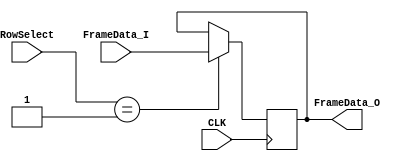
// SPDX-FileCopyrightText: 
// 2021 Nguyen Dao
//
// Licensed under the Apache License, Version 2.0 (the "License");
// you may not use this file except in compliance with the License.
// You may obtain a copy of the License at
//
//      http://www.apache.org/licenses/LICENSE-2.0
//
// Unless required by applicable law or agreed to in writing, software
// distributed under the License is distributed on an "AS IS" BASIS,
// WITHOUT WARRANTIES OR CONDITIONS OF ANY KIND, either express or implied.
// See the License for the specific language governing permissions and
// limitations under the License.
//
// SPDX-License-Identifier: Apache-2.0
module Frame_Data_Reg_0 (FrameData_I, FrameData_O, RowSelect, CLK);
	parameter FrameBitsPerRow = 32;
	parameter RowSelectWidth = 5;
	parameter Row = 1;
	input [FrameBitsPerRow-1:0] FrameData_I;
	output reg [FrameBitsPerRow-1:0] FrameData_O;
	input [RowSelectWidth-1:0] RowSelect;
	input CLK;
	
	always @ (posedge CLK) begin
		if (RowSelect==Row)
			FrameData_O <= FrameData_I;
	end//CLK
endmodule

module Frame_Data_Reg_1 (FrameData_I, FrameData_O, RowSelect, CLK);
	parameter FrameBitsPerRow = 32;
	parameter RowSelectWidth = 5;
	parameter Row = 2;
	input [FrameBitsPerRow-1:0] FrameData_I;
	output reg [FrameBitsPerRow-1:0] FrameData_O;
	input [RowSelectWidth-1:0] RowSelect;
	input CLK;
	
	always @ (posedge CLK) begin
		if (RowSelect==Row)
			FrameData_O <= FrameData_I;
	end//CLK
endmodule

module Frame_Data_Reg_2 (FrameData_I, FrameData_O, RowSelect, CLK);
	parameter FrameBitsPerRow = 32;
	parameter RowSelectWidth = 5;
	parameter Row = 3;
	input [FrameBitsPerRow-1:0] FrameData_I;
	output reg [FrameBitsPerRow-1:0] FrameData_O;
	input [RowSelectWidth-1:0] RowSelect;
	input CLK;
	
	always @ (posedge CLK) begin
		if (RowSelect==Row)
			FrameData_O <= FrameData_I;
	end//CLK
endmodule

module Frame_Data_Reg_3 (FrameData_I, FrameData_O, RowSelect, CLK);
	parameter FrameBitsPerRow = 32;
	parameter RowSelectWidth = 5;
	parameter Row = 4;
	input [FrameBitsPerRow-1:0] FrameData_I;
	output reg [FrameBitsPerRow-1:0] FrameData_O;
	input [RowSelectWidth-1:0] RowSelect;
	input CLK;
	
	always @ (posedge CLK) begin
		if (RowSelect==Row)
			FrameData_O <= FrameData_I;
	end//CLK
endmodule

module Frame_Data_Reg_4 (FrameData_I, FrameData_O, RowSelect, CLK);
	parameter FrameBitsPerRow = 32;
	parameter RowSelectWidth = 5;
	parameter Row = 5;
	input [FrameBitsPerRow-1:0] FrameData_I;
	output reg [FrameBitsPerRow-1:0] FrameData_O;
	input [RowSelectWidth-1:0] RowSelect;
	input CLK;
	
	always @ (posedge CLK) begin
		if (RowSelect==Row)
			FrameData_O <= FrameData_I;
	end//CLK
endmodule

module Frame_Data_Reg_5 (FrameData_I, FrameData_O, RowSelect, CLK);
	parameter FrameBitsPerRow = 32;
	parameter RowSelectWidth = 5;
	parameter Row = 6;
	input [FrameBitsPerRow-1:0] FrameData_I;
	output reg [FrameBitsPerRow-1:0] FrameData_O;
	input [RowSelectWidth-1:0] RowSelect;
	input CLK;
	
	always @ (posedge CLK) begin
		if (RowSelect==Row)
			FrameData_O <= FrameData_I;
	end//CLK
endmodule

module Frame_Data_Reg_6 (FrameData_I, FrameData_O, RowSelect, CLK);
	parameter FrameBitsPerRow = 32;
	parameter RowSelectWidth = 5;
	parameter Row = 7;
	input [FrameBitsPerRow-1:0] FrameData_I;
	output reg [FrameBitsPerRow-1:0] FrameData_O;
	input [RowSelectWidth-1:0] RowSelect;
	input CLK;
	
	always @ (posedge CLK) begin
		if (RowSelect==Row)
			FrameData_O <= FrameData_I;
	end//CLK
endmodule

module Frame_Data_Reg_7 (FrameData_I, FrameData_O, RowSelect, CLK);
	parameter FrameBitsPerRow = 32;
	parameter RowSelectWidth = 5;
	parameter Row = 8;
	input [FrameBitsPerRow-1:0] FrameData_I;
	output reg [FrameBitsPerRow-1:0] FrameData_O;
	input [RowSelectWidth-1:0] RowSelect;
	input CLK;
	
	always @ (posedge CLK) begin
		if (RowSelect==Row)
			FrameData_O <= FrameData_I;
	end//CLK
endmodule

module Frame_Data_Reg_8 (FrameData_I, FrameData_O, RowSelect, CLK);
	parameter FrameBitsPerRow = 32;
	parameter RowSelectWidth = 5;
	parameter Row = 9;
	input [FrameBitsPerRow-1:0] FrameData_I;
	output reg [FrameBitsPerRow-1:0] FrameData_O;
	input [RowSelectWidth-1:0] RowSelect;
	input CLK;
	
	always @ (posedge CLK) begin
		if (RowSelect==Row)
			FrameData_O <= FrameData_I;
	end//CLK
endmodule

module Frame_Data_Reg_9 (FrameData_I, FrameData_O, RowSelect, CLK);
	parameter FrameBitsPerRow = 32;
	parameter RowSelectWidth = 5;
	parameter Row = 10;
	input [FrameBitsPerRow-1:0] FrameData_I;
	output reg [FrameBitsPerRow-1:0] FrameData_O;
	input [RowSelectWidth-1:0] RowSelect;
	input CLK;
	
	always @ (posedge CLK) begin
		if (RowSelect==Row)
			FrameData_O <= FrameData_I;
	end//CLK
endmodule

module Frame_Data_Reg_10 (FrameData_I, FrameData_O, RowSelect, CLK);
	parameter FrameBitsPerRow = 32;
	parameter RowSelectWidth = 5;
	parameter Row = 11;
	input [FrameBitsPerRow-1:0] FrameData_I;
	output reg [FrameBitsPerRow-1:0] FrameData_O;
	input [RowSelectWidth-1:0] RowSelect;
	input CLK;
	
	always @ (posedge CLK) begin
		if (RowSelect==Row)
			FrameData_O <= FrameData_I;
	end//CLK
endmodule

module Frame_Data_Reg_11 (FrameData_I, FrameData_O, RowSelect, CLK);
	parameter FrameBitsPerRow = 32;
	parameter RowSelectWidth = 5;
	parameter Row = 12;
	input [FrameBitsPerRow-1:0] FrameData_I;
	output reg [FrameBitsPerRow-1:0] FrameData_O;
	input [RowSelectWidth-1:0] RowSelect;
	input CLK;
	
	always @ (posedge CLK) begin
		if (RowSelect==Row)
			FrameData_O <= FrameData_I;
	end//CLK
endmodule

module Frame_Data_Reg_12 (FrameData_I, FrameData_O, RowSelect, CLK);
	parameter FrameBitsPerRow = 32;
	parameter RowSelectWidth = 5;
	parameter Row = 13;
	input [FrameBitsPerRow-1:0] FrameData_I;
	output reg [FrameBitsPerRow-1:0] FrameData_O;
	input [RowSelectWidth-1:0] RowSelect;
	input CLK;
	
	always @ (posedge CLK) begin
		if (RowSelect==Row)
			FrameData_O <= FrameData_I;
	end//CLK
endmodule

module Frame_Data_Reg_13 (FrameData_I, FrameData_O, RowSelect, CLK);
	parameter FrameBitsPerRow = 32;
	parameter RowSelectWidth = 5;
	parameter Row = 14;
	input [FrameBitsPerRow-1:0] FrameData_I;
	output reg [FrameBitsPerRow-1:0] FrameData_O;
	input [RowSelectWidth-1:0] RowSelect;
	input CLK;
	
	always @ (posedge CLK) begin
		if (RowSelect==Row)
			FrameData_O <= FrameData_I;
	end//CLK
endmodule